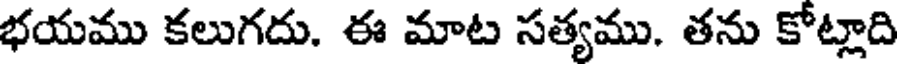
భయము కలుగదు. ఈ మాట సత్యము, తను కోట్లాది